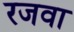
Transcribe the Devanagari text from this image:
रजवा